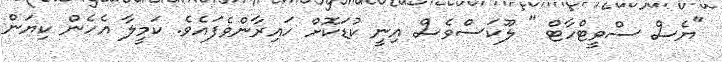
"ޔެސް ސްވީޓްހާޓް " ލޫކަސްވެސް އިނީ ކުޑަކޮށް ހައިރާންވެފައެވެ. ކަމީލާ އެހެން ކިޔަން